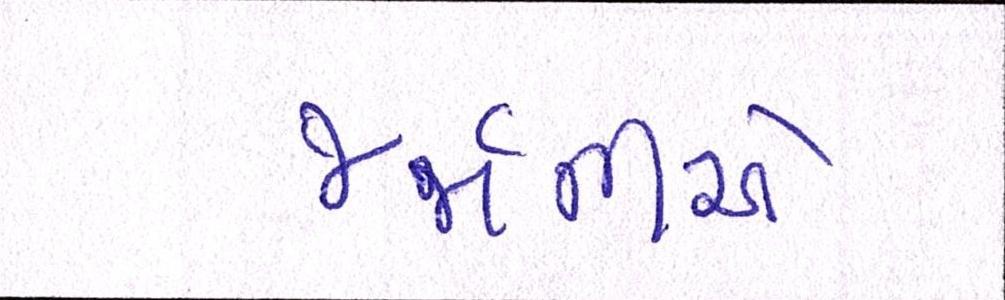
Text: જર્મનીએ